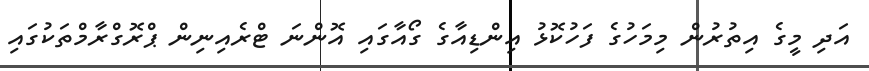
އަދި މީގެ އިތުރުން މިމަހުގެ ފަހުކޮޅު އިންޑިއާގެ ގޯއާގައި އޮންނަ ޓްރެއިނިން ޕްރޮގްރާމްތަކުގައި